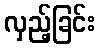
လှည့်ခြင်း